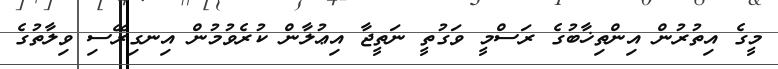
މީގެ އިތުރުން އިންތިޚާބުގެ ރަސްމީ ވަގުތީ ނަތީޖާ އިޢުލާން ކުރެވުމުން އިނގިރޭސި ވިލާތުގެ